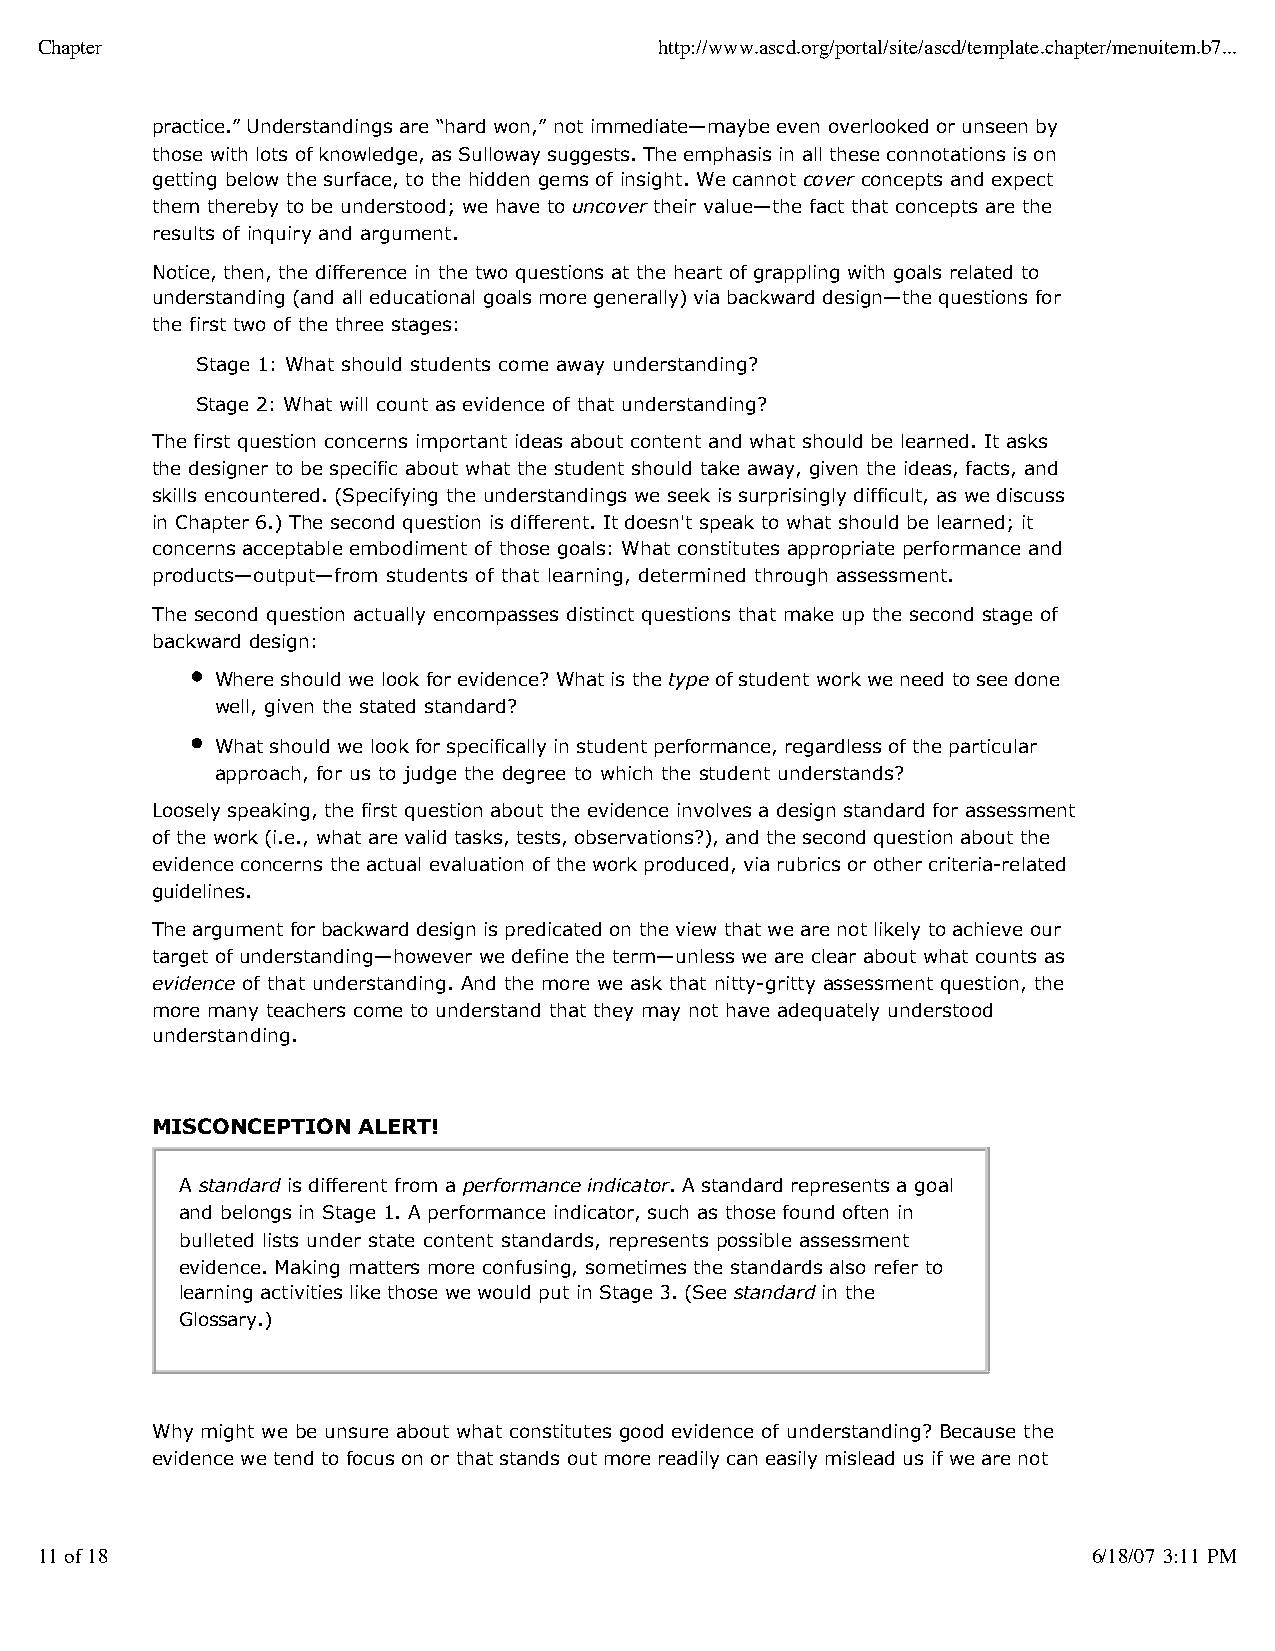
Chapter                                   http://www.ascd.org/portal/site/ascd/template.chapter/menuitem.b7...
 practice.” Understandings are “hard won,” not immediate—maybe even overlooked or unseen by
 those with lots of knowledge, as Sulloway suggests. The emphasis in all these connotations is on
 getting below the surface, to the hidden gems of insight. We cannot cover concepts and expect
 them thereby to be understood; we have to uncover their value—the fact that concepts are the
 results of inquiry and argument.
 Notice, then, the difference in the two questions at the heart of grappling with goals related to
 understanding (and all educational goals more generally) via backward design—the questions for
 the first two of the three stages:
 Stage 1: What should students come away understanding?
 Stage 2: What will count as evidence of that understanding?
 The first question concerns important ideas about content and what should be learned. It asks
 the designer to be specific about what the student should take away, given the ideas, facts, and
 skills encountered. (Specifying the understandings we seek is surprisingly difficult, as we discuss
 in Chapter 6.) The second question is different. It doesn't speak to what should be learned; it
 concerns acceptable embodiment of those goals: What constitutes appropriate performance and
 products—output—from students of that learning, determined through assessment.
 The second question actually encompasses distinct questions that make up the second stage of
 backward design:
 Where should we look for evidence? What is the type of student work we need to see done
 well, given the stated standard?
 What should we look for specifically in student performance, regardless of the particular
 approach, for us to judge the degree to which the student understands?
 Loosely speaking, the first question about the evidence involves a design standard for assessment
 of the work (i.e., what are valid tasks, tests, observations?), and the second question about the
 evidence concerns the actual evaluation of the work produced, via rubrics or other criteria-related
 guidelines.
 The argument for backward design is predicated on the view that we are not likely to achieve our
 target of understanding—however we define the term—unless we are clear about what counts as
 evidence of that understanding. And the more we ask that nitty-gritty assessment question, the
 more many teachers come to understand that they may not have adequately understood
 understanding.
 MISCONCEPTION ALERT!
 A standard is different from a performance indicator. A standard represents a goal
 and belongs in Stage 1. A performance indicator, such as those found often in
 bulleted lists under state content standards, represents possible assessment
 evidence. Making matters more confusing, sometimes the standards also refer to
 learning activities like those we would put in Stage 3. (See standard in the
 Glossary.)
 Why might we be unsure about what constitutes good evidence of understanding? Because the
 evidence we tend to focus on or that stands out more readily can easily mislead us if we are not
 11 of 18                                                              6/18/07 3:11 PM